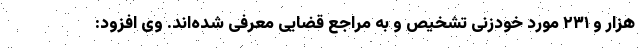
هزار و ۲۳۱ مورد خودزنی تشخیص و به مراجع قضایی معرفی شده‌اند. وی افزود: